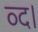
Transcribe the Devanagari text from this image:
व्द।